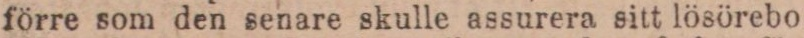
förre som den senare skulle assurera sitt lösörebo